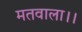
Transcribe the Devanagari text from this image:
मतवाला।।